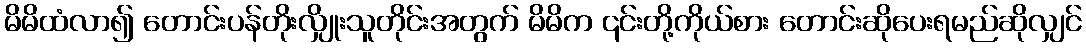
မိမိထံလာ၍ တောင်းပန်တိုးလျှိုးသူတိုင်းအတွက် မိမိက ၎င်းတို့ကိုယ်စား တောင်းဆိုပေးရမည်ဆိုလျှင်